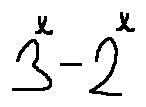
3 ^ { x } - 2 ^ { x }